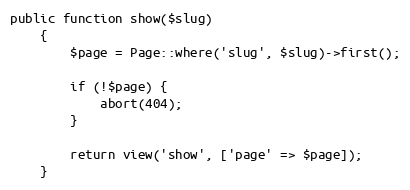
Language: PHP
public function show($slug)
    {
        $page = Page::where('slug', $slug)->first();

        if (!$page) {
            abort(404);
        }

        return view('show', ['page' => $page]);
    }